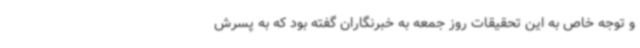
و توجه خاص به این تحقیقات روز جمعه به خبرنگاران گفته بود که به پسرش